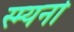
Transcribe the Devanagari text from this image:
स्म्यर्ना